[Report on the health of British troops in the Madras command]
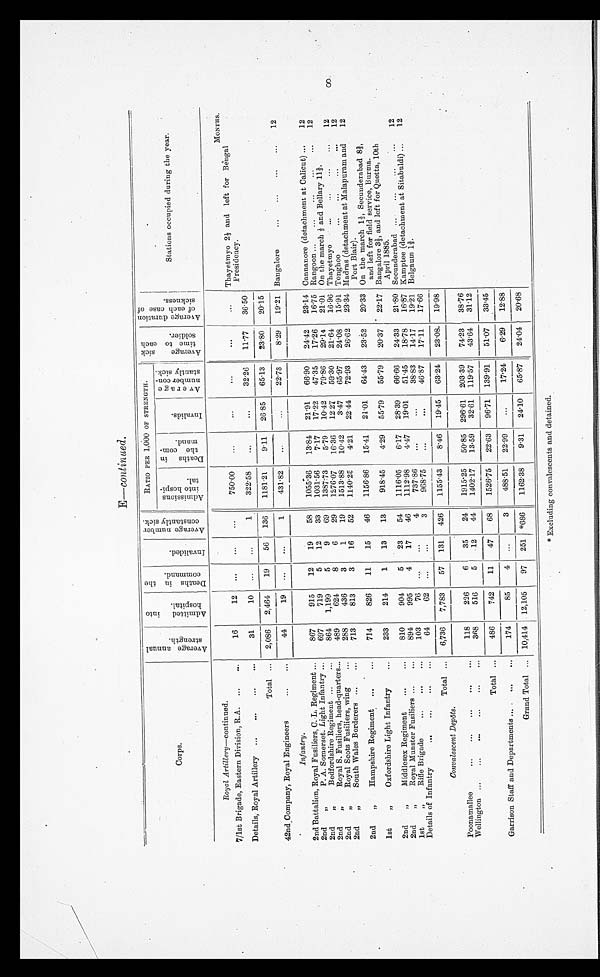
8
E―continued
.
Corps.
A v e r a g e a n n u a l
s t r engt h.
A d mi t t e d i n t o
hospi t al .
D e a t h s i n t h e
c o mma n d .
I n v a l i d e d .
Av e r a g e n u mb e r
c o n s t a n t l y s i c k .
RATIO PER 1,000 OF STRENGTH.
Aver age si ck
t i me t o each
soldier.
Av e r a g e d u r a t i o n
of eac h c as e of
si ckness.
Stations occupied during the year.
Admi s s i ons i nt o hos pi t a l .
Deaths in
the com-
mand.
I nva l i ds .
Av e r a g e
n u m b e r c o n -
s t a n t l y s i c k .
Royal Artillery ― continued.
M O N T H S .
7/1st Brigade, Eastern Division, R.A. ...
...
16
12
. . .
. . .
. . .
750.00
...
...
. . .
...
...
Thayetmyo 21/3 and left for Bengal
Presidency.
Details, Royal Artillery ...
...
...
...
31
10 ...
...
1
322.58
...
...
32.26
11. 77 36.50
Total ...
2,086
2,464
19
56 136
1181. 21
9.11
26.85
65.13
23.80
20.15
42nd Company, Royal Engineers
...
...
44
19
...
...
1
431.82
. . .
. . . 22.73
8 . 2 9 19.21 Bangalore
...
... ... ...
12
Infantry.
2nd Battalion, Royal Fusiliers, C. L. Regiment ...
867
915
12
19
58
1055.36 13.84
21.91
66.90
24.42 23.14 Cannanore (detachment at Calicut) ...
12
2nd
„
P. A. Somerset. Light Infantry ...
697
719
5
12
33
1031.56
7.17
17.22
47.35
17.26
16.75 Rangoon ...
...
...
...
...
12
2nd
„
Bedfordshire Regiment ...
...
864
1,199
5
9
69
1387. 73
5.79
10.42
79.86
29.14
21.01 On the march 1/3 and Bollary 112/3.
2nd
„
Royal S. Fusiliers, head-quarters...
489
624
8
6
29
1276.07
16.36
12.27
5 9 . 3 0
21.64
16.96 Thayetmyo
...
...
...
...
12
2nd
„
Royal Scots Fusiliers, wing
...
288
436
3
1
19
1513.88
1 0 . 4 2
3.47
65.97
24.08
15.91 Tonghoo
...
...
...
...
12
2nd
„
South Wales Borderers ...
...
713
813
3
16
52
1140. 25
4.21
22.44 72.93
26. 62 23.34 Madras (detachment at Malapuram and
Port Blair).
12
2nd
„
Hampshire Regiment ...
...
714
826
11
15
46
1156.86
15.41
21.01
64.43
23.52
20.33 On the march 11/3 Secunderabad 82/3,
and l ef t f or f i el d ser vi ce, Bur ma.
1st
„
Oxfordshire Light Infantry
...
233
214
1
13
13
9 1 8 . 4 5
4 . 2 9 55.79
5 5 . 7 9
20.37 22.17 Bangalore 31/3, and left for Quetta, 10th
April 1885.
2nd
„
Middlesex Regiment
...
...
810
904
5
23
54
1116.05
6.17
28.39
66.66
24.33
21.80 Secunderabad ...
...
...
...
12
2nd
„
Royal Munster Fusiliers ...
...
894
995
4
17
46
1112.98
4 . 4 7 19.01
51.45
18.78
16.87 Kamptee (detachment at Sitabuldi) ...
12
1st
„
Rifle Brigade
...
...
...
103
76
. . . ...
4
737.86
...
...
38.83
14.17
19.21 Belgaum 12/3.
D e t a i l s o f I n f a n t r y . . . . . . . . . . . .
64
62 ...
...
3
968.75
...
...
4 6 . 8 7
17. 11
1 7 . 6 6
Total ...
6,736
7,783
57 131 426
1155.43
8 . 4 6 19.45
6 3 . 2 4
23.08
1 9 . 9 8
Conval escent Depot s.
Poonamallee
...
...
. . .
. . .
. . .
1 1 8
226
6
35
24
1915.25
50.85 296.61 203.39
74.23
3 8 . 7 6
Wellington ...
...
... . . .
. . .
. . .
368
516
5
12
44
1402.17
13.59
32.61 119.57
43.64
31.12
Total ...
486
742
11
47
68
1526.75
22.63
96.71 139.91
51.07
33.45
Garrison Staff and Departments .... ...
...
174
85
4
...
3
488.51
22.99
...
1 7 . 2 4
6.29
1 2 . 8 8
Grand Total ... 10,414 12,105
97 251*
* 6 8 6 1162.38
9.31
2 4 . 1 0 65.87
24.04 20.68
Excluding convalescents and detained.